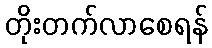
တိုးတက်လာစေရန်